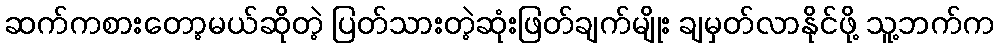
ဆက်ကစားတော့မယ်ဆိုတဲ့ ပြတ်သားတဲ့ဆုံးဖြတ်ချက်မျိုး ချမှတ်လာနိုင်ဖို့ သူ့ဘက်က